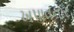
ખપાવનાર